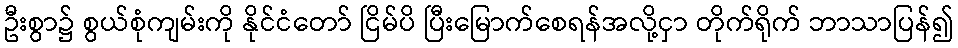
ဦးစွာ၌ စွယ်စုံကျမ်းကို နိုင်ငံတော် ငြိမ်ပိ ပြီးမြောက်စေရန်အလို့ငှာ တိုက်ရိုက် ဘာသာပြန်၍